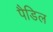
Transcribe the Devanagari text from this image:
पैडिल